Calcutta medical institutions reports 1871-78
Year: 1871
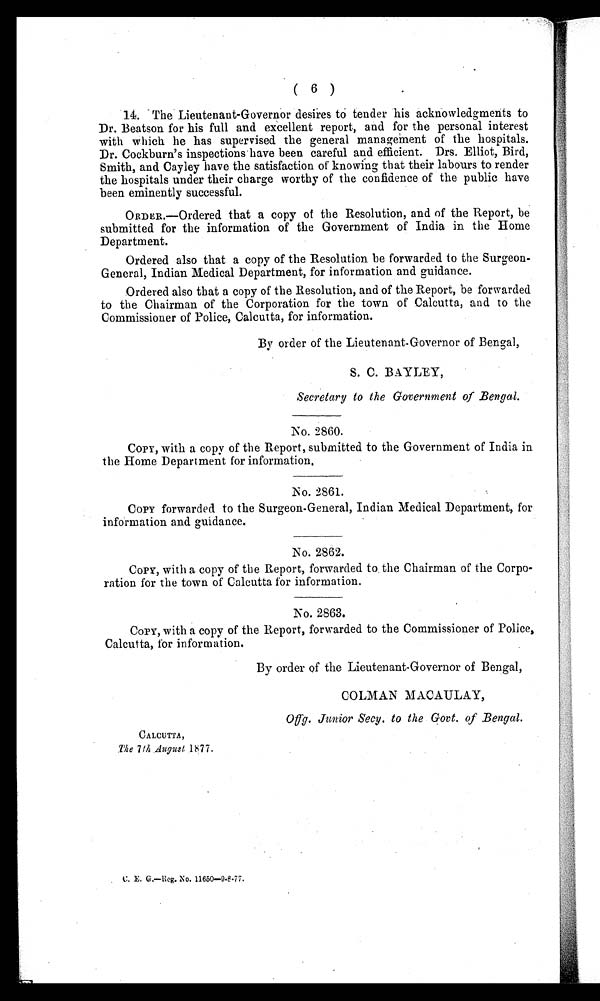
( 6 )
14. The Lieutenant-Governor desires to tender his acknowledgments to
Dr. Beatson for his full and excellent report, and for the personal interest
with which he has supervised the general management of the hospitals.
Dr. Cockburn's inspections have been careful and efficient. Drs. Elliot, Bird,
Smith, and Cayley have the satisfaction of knowing that their labours to render
the hospitals under their charge worthy of the confidence of the public have
been eminently successful.
ORDER.—Ordered that a copy of the Resolution, and of the Report, be
submitted for the information of the Government of India in the Home
Department.
Ordered also that a copy of the Resolution be forwarded to the Surgeon-
General, Indian Medical Department, for information and guidance.
Ordered also that a copy of the Resolution, and of the Report, be forwarded
to the Chairman of the Corporation for the town of Calcutta, and to the
Commissioner of Police, Calcutta, for information.
By order of the Lieutenant-Governor of Bengal,
S. C. BAYLEY,
Secretary to the Government of Bengal.
No. 2860.
COPY, with a copy of the Report, submitted to the Government of India in
the Home Department for information.
No. 2861.
COPY forwarded to the Surgeon-General, Indian Medical Department, for
information and guidance.
No. 2862.
COPY, with a copy of the Report, forwarded to the Chairman of the Corpo-
ration for the town of Calcutta for information.
No. 2863.
COPY, with a copy of the Report, forwarded to the Commissioner of Police,
Calcutta, for information.
By order of the Lieutenant-Governor of Bengal,
COLMAN MACAULAY,
.
CALCUTTA,
The 7th August 1877.
C. E. G.—Reg. No. 11650—9.8.77.